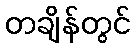
တချိန်တွင်